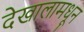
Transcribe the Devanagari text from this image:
देखालामधून